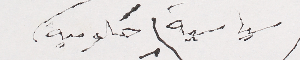
سياسية) حكومية،